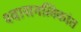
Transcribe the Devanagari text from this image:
श्‍वासनलिकांत